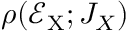
\rho ( \mathcal { E } _ { \mathrm { X } } ; J _ { X } )